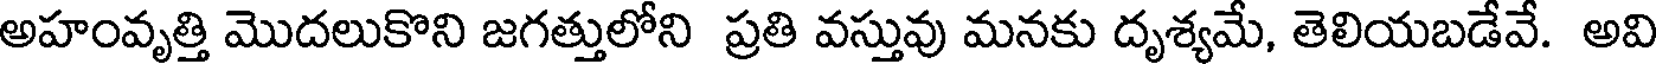
అహంవృత్తి మొదలుకొని జగత్తులోని ప్రతి వస్తువు మనకు దృశ్యమే, తెలియబడేవే. అవి